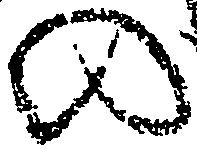
の